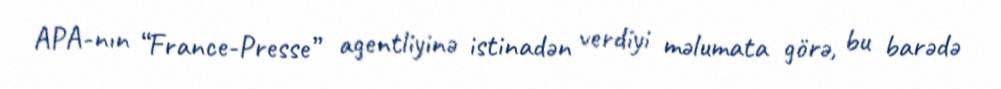
APA-nın “France-Presse” agentliyinə istinadən verdiyi məlumata görə, bu barədə